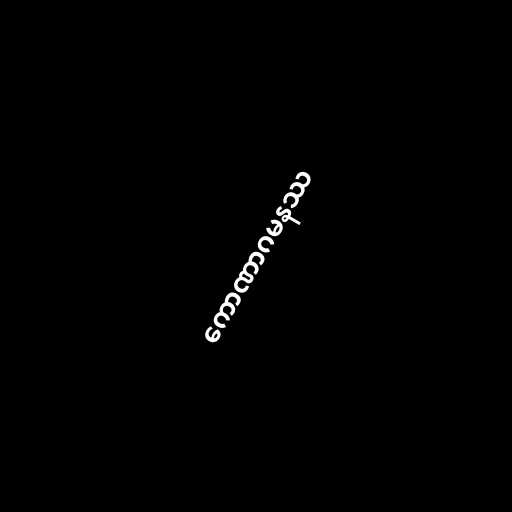
ကောဏာဂမနဿ